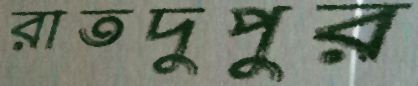
রাতদুপুর